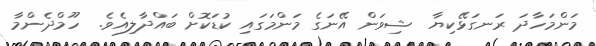
މަންމަހާދަ ރަނގަޅޭކިޔާ  ޝިވަން އޭނަގެ މަންމަގައި ކުޑަކޮށް ބައްދާލިއެވެ.  ހޫމްދެންމާ